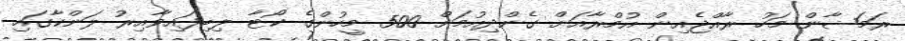
ރަމަޟާން މަހު ރާއްޖެއިން އުމްރާއަށް ގެންދިއުމަށް 500 މީހުންގެ ކޯޓާ ލިބިފައިވާއިރު ލަންކާގައި